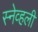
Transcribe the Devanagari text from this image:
स्नेव्हली